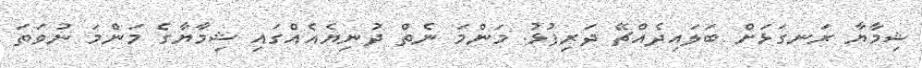
ޝިމާޔާ ރަނގަޅަށް ބަލައިދެއްޗޭ ދަރިފުޅު. މަންމަ ނެތް ދުނިޔެއެއްގައި ޝިމާޔާގެ މަންމަ ނުވަތަ